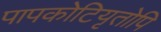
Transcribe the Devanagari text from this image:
पापकोटियृतोपि